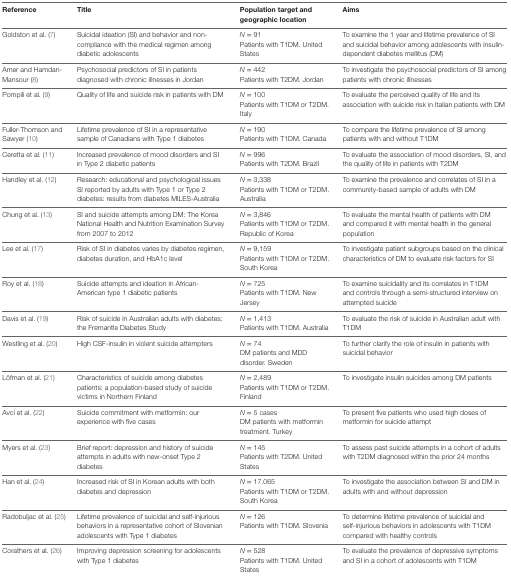
<table><thead><tr><td><b>Reference</b></td><td><b>Title</b></td><td><b>Population target and geographic location</b></td><td><b>Aims</b></td></tr></thead><tbody><tr><td>Goldston et al. (7)</td><td>Suicidal ideation (SI) and behavior and non-compliance with the medical regimen among diabetic adolescents</td><td><i>N</i> = 91Patients with T1DM. United States</td><td>To examine the 1 year and lifetime prevalence of SI and suicidal behavior among adolescents with insulin-dependent diabetes mellitus (DM)</td></tr><tr><td>Amer and Hamdan-Mansour (8)</td><td>Psychosocial predictors of SI in patients diagnosed with chronic illnesses in Jordan</td><td><i>N</i> = 442Patients with T2DM. Jordan</td><td>To investigate the psychosocial predictors of SI among patients with chronic illnesses</td></tr><tr><td>Pompili et al. (9)</td><td>Quality of life and suicide risk in patients with DM</td><td><i>N</i> = 100Patients with T1DM or T2DM. Italy</td><td>To evaluate the perceived quality of life and its association with suicide risk in Italian patients with DM</td></tr><tr><td>Fuller-Thomson and Sawyer (10)</td><td>Lifetime prevalence of SI in a representative sample of Canadians with Type 1 diabetes</td><td><i>N</i> = 190Patients with T1DM. Canada</td><td>To compare the lifetime prevalence of SI among patients with and without T1DM</td></tr><tr><td>Ceretta et al. (11)</td><td>Increased prevalence of mood disorders and SI in Type 2 diabetic patients</td><td><i>N</i> = 996Patients with T2DM. Brazil</td><td>To evaluate the association of mood disorders, SI, and the quality of life in patients with T2DM</td></tr><tr><td>Handley et al. (12)</td><td>Research: educational and psychological issues SI reported by adults with Type 1 or Type 2 diabetes: results from diabetes MILES-Australia</td><td><i>N</i> = 3,338Patients with T1DM or T2DM. Australia</td><td>To examine the prevalence and correlates of SI in a community-based sample of adults with DM</td></tr><tr><td>Chung et al. (13)</td><td>SI and suicide attempts among DM: The Korea National Health and Nutrition Examination Survey from 2007 to 2012</td><td><i>N</i> = 3,846Patients with T1DM or T2DM. Republic of Korea</td><td>To evaluate the mental health of patients with DM and compared it with mental health in the general population</td></tr><tr><td>Lee et al. (17)</td><td>Risk of SI in diabetes varies by diabetes regimen, diabetes duration, and HbA1c level</td><td><i>N</i> = 9,159Patients with T1DM or T2DM. South Korea</td><td>To investigate patient subgroups based on the clinical characteristics of DM to evaluate risk factors for SI</td></tr><tr><td>Roy et al. (18)</td><td>Suicide attempts and ideation in African-American type 1 diabetic patients</td><td><i>N</i> = 725Patients with T1DM. New Jersey</td><td>To examine suicidality and its correlates in T1DM and controls through a semi-structured interview on attempted suicide</td></tr><tr><td>Davis et al. (19)</td><td>Risk of suicide in Australian adults with diabetes: the Fremantle Diabetes Study</td><td><i>N</i> = 1,413Patients with T1DM. Australia</td><td>To evaluate the risk of suicide in Australian adult with T1DM</td></tr><tr><td>Westling et al. (20)</td><td>High CSF-insulin in violent suicide attempters</td><td><i>N</i> = 74DM patients and MDD disorder. Sweden</td><td>To further clarify the role of insulin in patients with suicidal behavior</td></tr><tr><td>Löfman et al. (21)</td><td>Characteristics of suicide among diabetes patients: a population-based study of suicide victims in Northern Finland</td><td><i>N</i> = 2,489Patients with T1DM or T2DM. Finland</td><td>To investigate insulin suicides among DM patients</td></tr><tr><td>Avci et al. (22)</td><td>Suicide commitment with metformin: our experience with five cases</td><td><i>N</i> = 5 casesDM patients with metformin treatment. Turkey</td><td>To present five patients who used high doses of metformin for suicide attempt</td></tr><tr><td>Myers et al. (23)</td><td>Brief report: depression and history of suicide attempts in adults with new-onset Type 2 diabetes</td><td><i>N</i> = 145Patients with T2DM. United States</td><td>To assess past suicide attempts in a cohort of adults with T2DM diagnosed within the prior 24 months</td></tr><tr><td>Han et al. (24)</td><td>Increased risk of SI in Korean adults with both diabetes and depression</td><td><i>N</i> = 17.065Patients with T1DM or T2DM. South Korea</td><td>To investigate the association between SI and DM in adults with and without depression</td></tr><tr><td>Radobuljac et al. (25)</td><td>Lifetime prevalence of suicidal and self-injurious behaviors in a representative cohort of Slovenian adolescents with Type 1 diabetes</td><td><i>N</i> = 126Patients with T1DM. Slovenia</td><td>To determine lifetime prevalence of suicidal and self-injurious behaviors in adolescents with T1DM compared with healthy controls</td></tr><tr><td>Corathers et al. (26)</td><td>Improving depression screening for adolescents with Type 1 diabetes</td><td><i>N</i> = 528Patients with T1DM. United States</td><td>To evaluate the prevalence of depressive symptoms and SI in a cohort of adolescents with T1DM</td></tr></tbody></table>